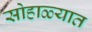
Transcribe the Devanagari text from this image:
सोहाळ्यात